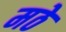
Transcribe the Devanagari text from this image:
मठे